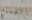
الجميع